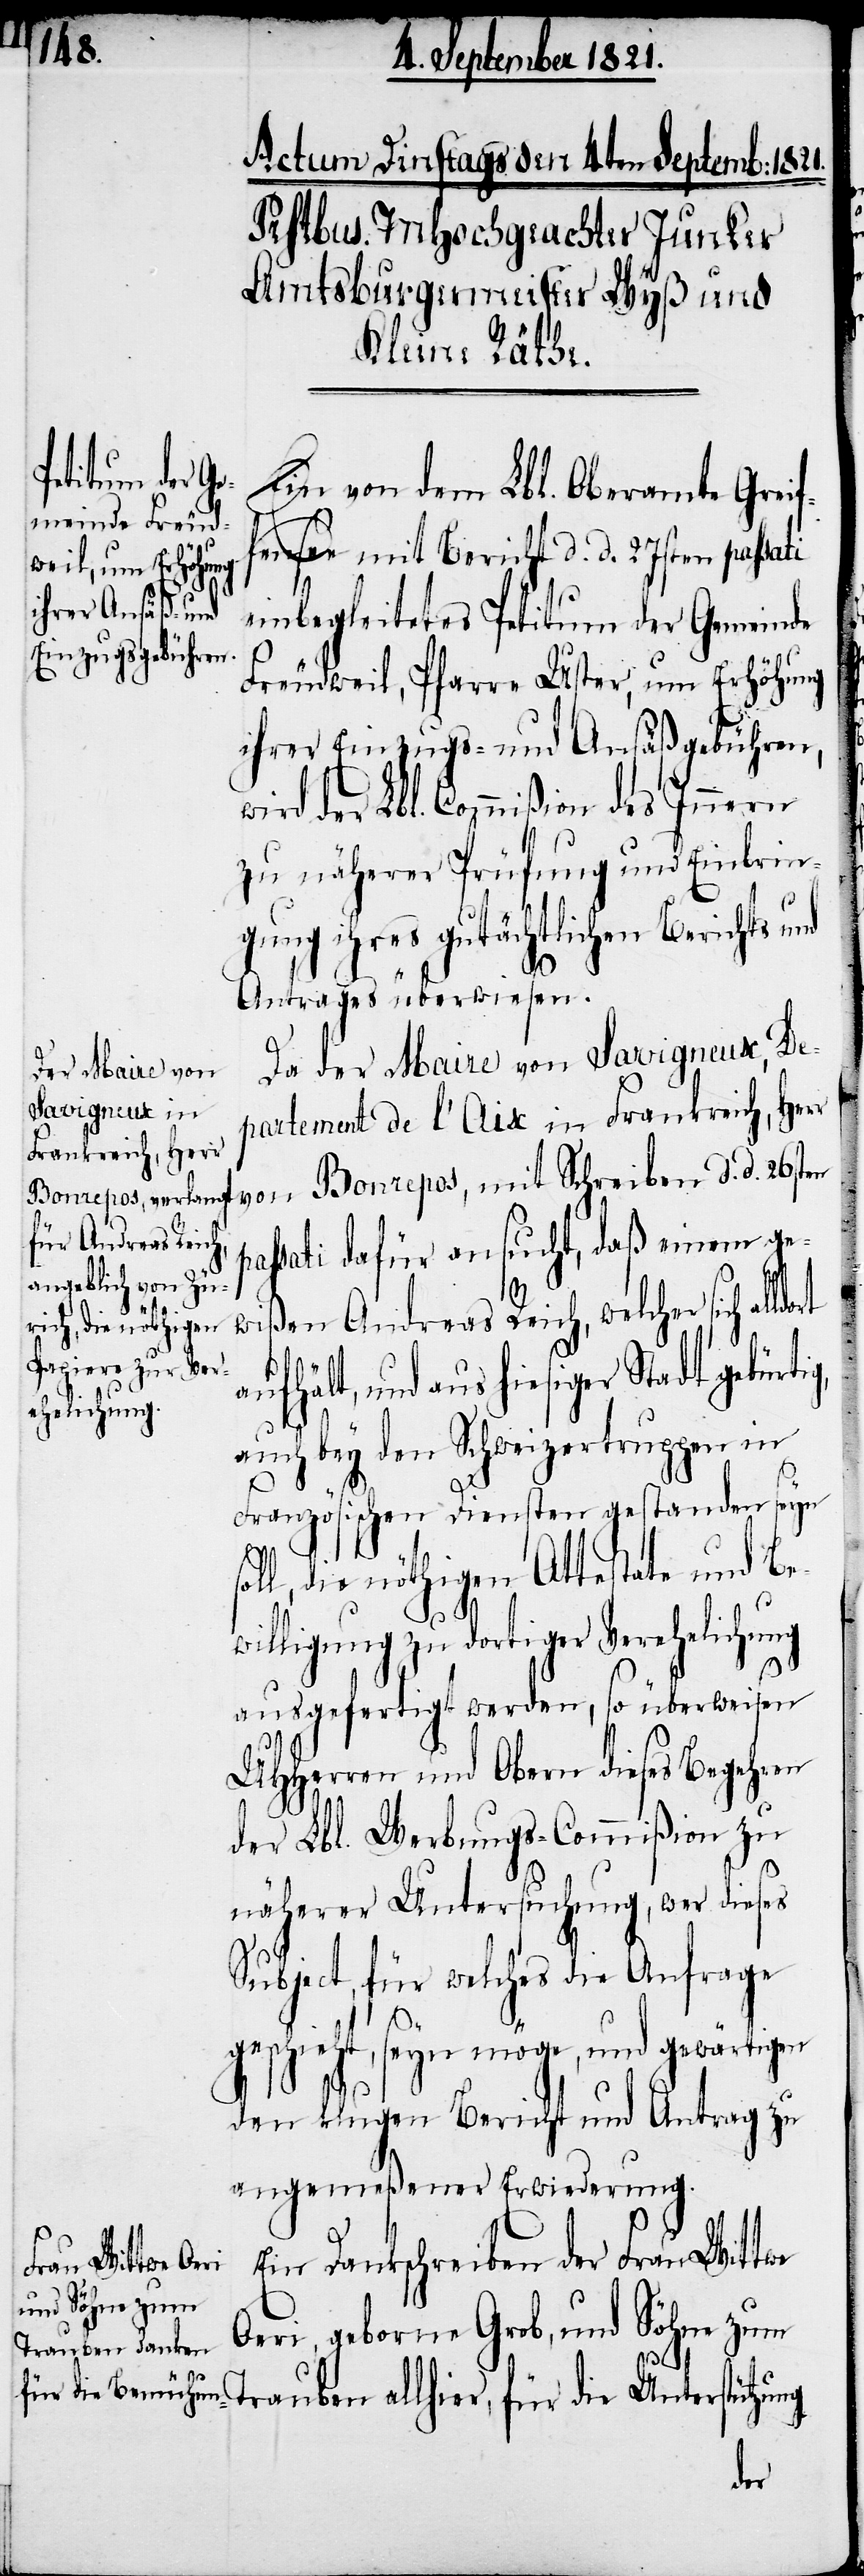
willigungen zu
Ein von dem Lbl. Oberamte Greif¬
fensee mit Bericht d. d. 27sten passati
einbegleitetes Petitum der Gemeinde
Freudweil, Pfarre Uster, um Erhöhung
ihrer Einzugs- und Ansäßgebühren,
ird der Lbl. Commißion des Innern
zu näherer Prüfung und Einbrin¬
so¬
gung ihres gutächtlichen Berichts und
Antrages überwiesen.
Da der Maire von Savigneux, De¬
partement de l’Aix in Frankreich, Herr
assati dafür ansucht, daß einem ge¬
wißen Andreas Reich, welcher sich al¬
aufhält, und aus hiesiger Stadt
ehelichung
auch bey den Schweizertruppen in
Französischen Diensten gestanden seyn
ll, die nöthigen Attestate und Be¬
ausgefertigt werden, so überweisen
UHHerren und Obern dieses Begehren
der Lbl. Uebungs-Commißion zu
näherer Untersuchung, wer dieses
Subject, für welches die Ansprache
geschieht, seyn möge, und gewärtigen
den klugen Bericht und Antrag zu
angemeßener Erwiederung.
Ein Dankschreiben der Frau Wittwe
dortiger Ver¬
Oeri, geborene Grob, und Söhne zum
die